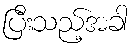
ပြီးသည့်အခါ